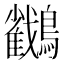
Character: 𪇲